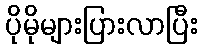
ပိုမိုများပြားလာပြီး